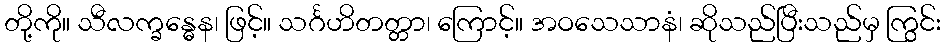
တို့ကို။ သီလက္ခန္ဓေန၊ ဖြင့်။ သင်္ဂဟိတတ္တာ၊ ကြောင့်။ အဝသေသာနံ၊ ဆိုသည်ပြီးသည်မှ ကြွင်း